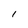
Character: 1